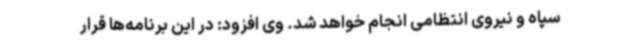
سپاه و نیروی انتظامی انجام خواهد شد. وی افزود: در این برنامه‌ها قرار